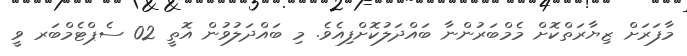
މާފަރަށް ޒިޔާރަތްކޮށް މެމްބަރުންނާ ބައްދަލުކޮށްފިއެވެ. މި ބައްދަލުވުން އޮތީ 02 ސެޕްޓެމްބަރ ވީ